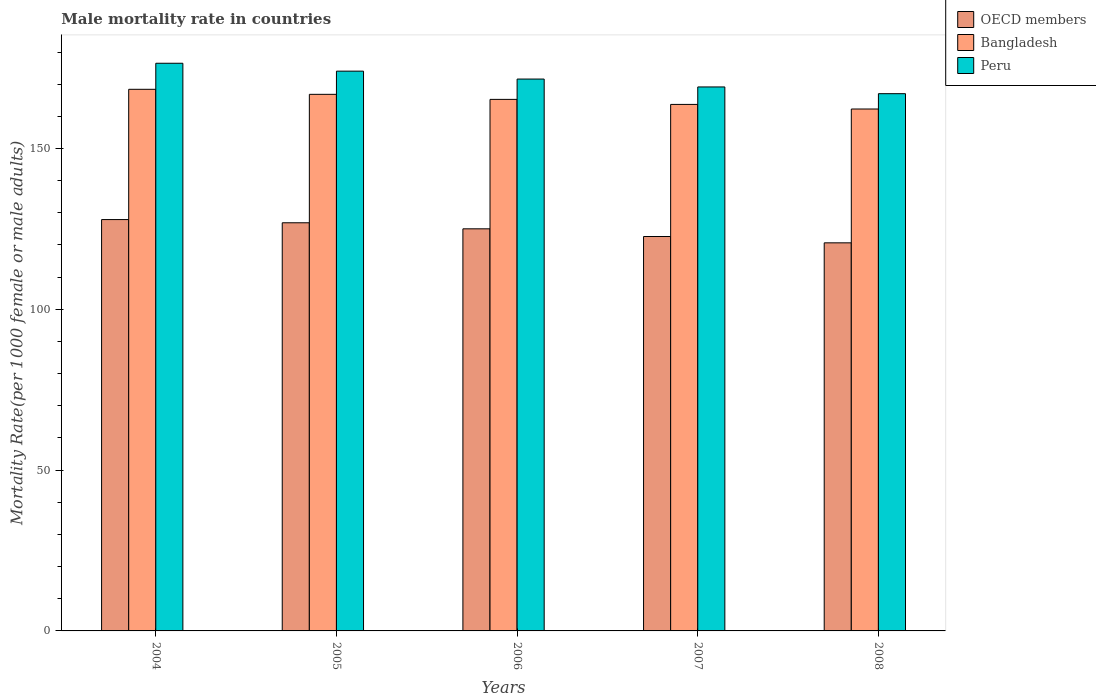
| Years | OECD members | Bangladesh | Peru |
 | --- | --- | --- | --- |
 | 2004 | 128 | 168 | 177 |
 | 2005 | 127 | 167 | 174 |
 | 2006 | 125 | 165 | 172 |
 | 2007 | 123 | 164 | 169 |
 | 2008 | 121 | 162 | 167 |